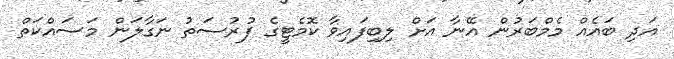
އަދި ބައެއް މެމްބަރުން އޭނާ އަށް ލިބިފައިވާ ކޮމެޓީގެ ފުރުސަތު ނަގާލަން މަސައްކަތް